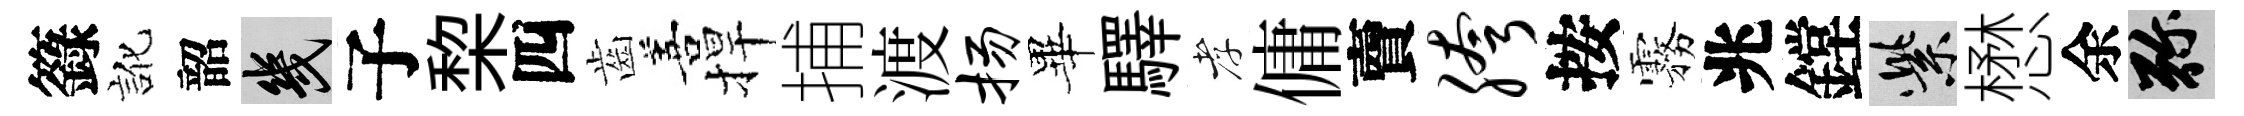
籙訛韶幾子棃四齒善捍捕渡扬畢驛孝傭𧶠胯按霧兆鏜紫懋余弥